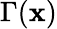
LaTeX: \Gamma(\mathbf{x})